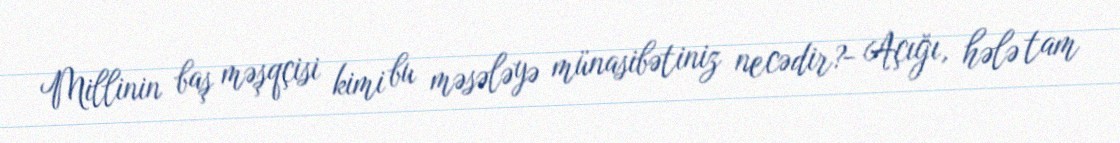
Millinin baş məşqçisi kimi bu məsələyə münasibətiniz necədir?- Açığı, hələ tam